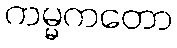
ကမ္မကတော